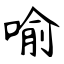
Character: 喻